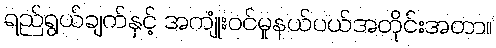
ရည်ရွယ်ချက်နှင့် အကျုံးဝင်မှုနယ်ပယ်အတိုင်းအတာ။